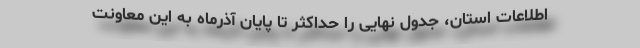
اطلاعات استان، جدول نهایی را حداکثر تا پایان آذرماه به این معاونت